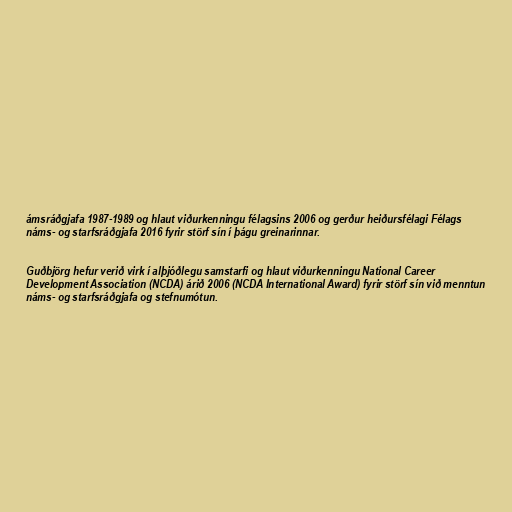
ámsráðgjafa 1987-1989 og hlaut viðurkenningu félagsins 2006 og gerður heiðursfélagi Félags
náms- og starfsráðgjafa 2016 fyrir störf sín í þágu greinarinnar.

Guðbjörg hefur verið virk í alþjóðlegu samstarfi og hlaut viðurkenningu National Career
Development Association (NCDA) árið 2006 (NCDA International Award) fyrir störf sín við menntun
náms- og starfsráðgjafa og stefnumótun.